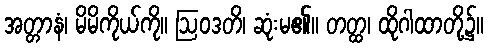
အတ္တာနံ၊ မိမိကိုယ်ကို။ ဩဝဒတိ၊ ဆုံးမ၏။ တတ္ထ၊ ထိုဂါထာတို့၌။